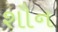
શૌન